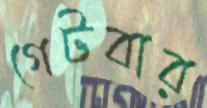
গেটবার